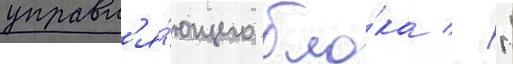
управл'я́ющего бло́ка - 3